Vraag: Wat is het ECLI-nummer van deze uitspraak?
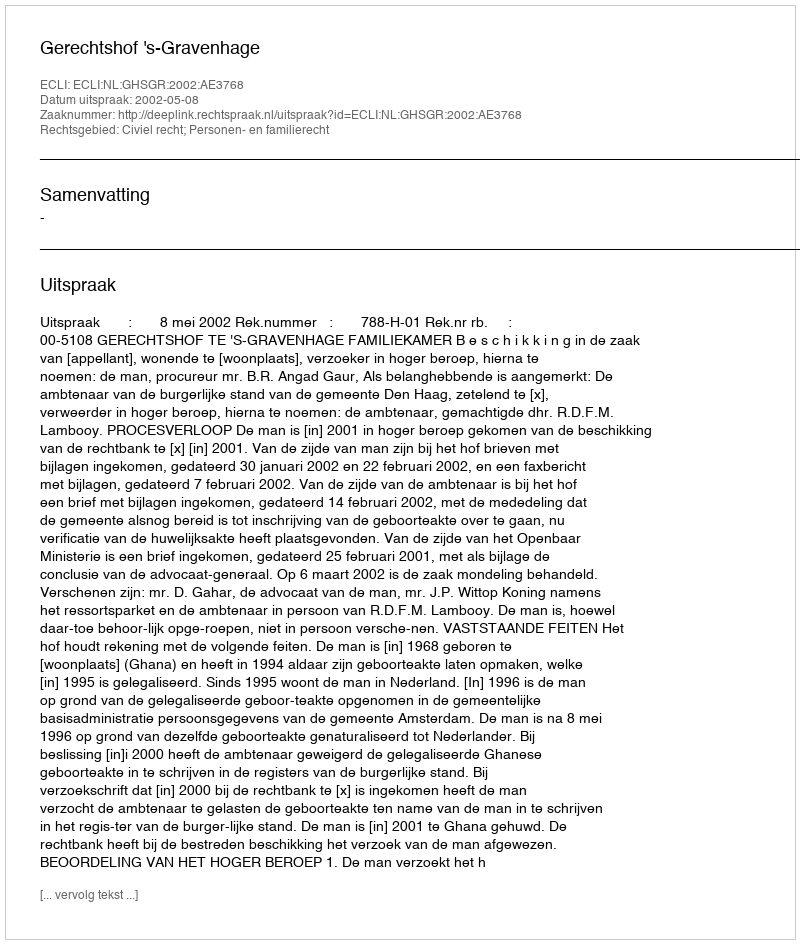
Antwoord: ECLI:NL:GHSGR:2002:AE3768